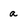
Character: a